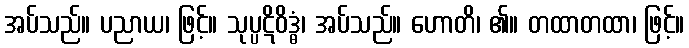
အပ်သည်။ ပညာယ၊ ဖြင့်။ သုပ္ပဋိဝိဒ္ဓံ၊ အပ်သည်။ ဟောတိ၊ ၏။ တထာတထာ၊ ဖြင့်။